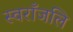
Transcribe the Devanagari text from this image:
स्वराँजलि